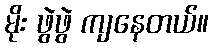
မိုး ဖွဲဖွဲ ကျနေတယ်။